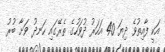
އަކީ ފާއިތުވެ ދިޔަ 40 އަހަރު ދުވަހުގެ ތެރޭގައި ހަނދު ވަށާ ބުރު